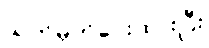
သတ်မှတ်ပေးထားပြီး